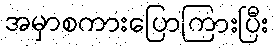
အမှာစကားပြောကြားပြီး